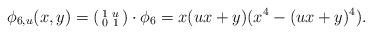
LaTeX: \begin{align*}\phi_{6,u}(x,y) =\left(\begin{smallmatrix}1 & u \\ 0 & 1\end{smallmatrix}\right)\cdot \phi_6 =x(ux+y)(x^4 - (ux+y)^4).\end{align*}